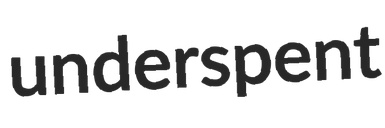
underspent